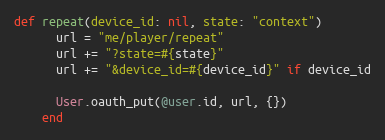
Language: Ruby
def repeat(device_id: nil, state: "context")
      url = "me/player/repeat"
      url += "?state=#{state}"
      url += "&device_id=#{device_id}" if device_id

      User.oauth_put(@user.id, url, {})
    end